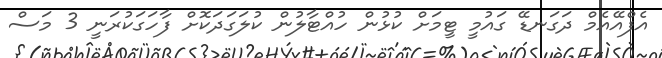
އެފްއޭއެމް ދަގަނޑޭ ގައުމީ ޓީމަށް ކުޅުން ހުއްޓާލުން ކުލަގަދަކޮށް ފާހަގަކުރަނީ 3 މަސް